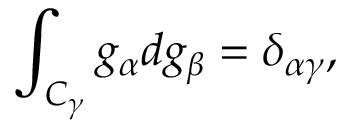
\int _ { C _ { \gamma } } g _ { \alpha } d g _ { \beta } = \delta _ { \alpha \gamma } ,